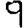
Digit: 9